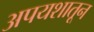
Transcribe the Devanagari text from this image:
अपयशातून